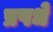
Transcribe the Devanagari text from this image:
प्रपधे